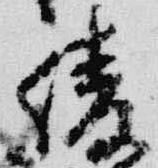
綾